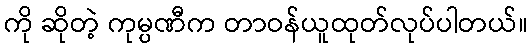
ကို ဆိုတဲ့ ကုမ္ပဏီက တာဝန်ယူထုတ်လုပ်ပါတယ်။